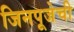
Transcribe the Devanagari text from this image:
जिनपूजेची